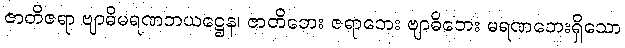
ဇာတိဇရာ ဗျာဓိမရဏဘယဋ္ဌေန၊ ဇာတိဘေး ဇရာဘေး ဗျာဓိဘေး မရဏဘေးရှိသော